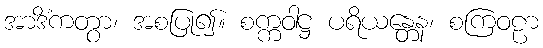
အာဒိံကတွာ၊ အစပြု၍။ စက္ကဝါဋ္ဌ ပရိယန္တေန၊ စကြဝဠာ